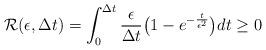
LaTeX: \begin{align*}\mathcal{R}(\epsilon,\Delta t)=\int_{0}^{\Delta t}\frac{\epsilon}{\Delta t}\bigl(1-e^{-\frac{t}{\epsilon^2}}\bigr)dt\ge 0\end{align*}